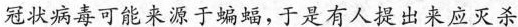
冠状病毒可能来源于蝙蝠，于是有人提出来应灭杀